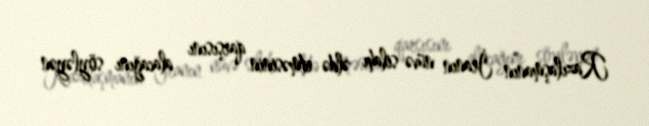
Razılaşmanın İranın nüvə silahı əldə etməsinin qarşısını alacağını söyləyən